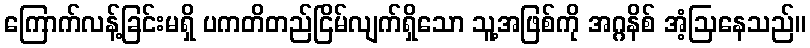
ကြောက်လန့်ခြင်းမရှိ ပကတိတည်ငြိမ်လျက်ရှိသော သူ့အဖြစ်ကို အဂ္ဂနိစ် အံ့ဩနေသည်။